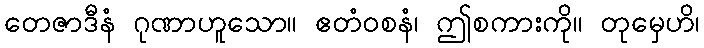
တေဇာဒီနံ ဂုဏာဟူသော။ ဧတံဝစနံ၊ ဤစကားကို။ တုမှေဟိ၊